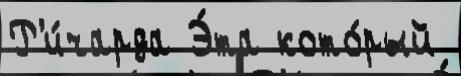
Р'и́чарда Э́та кото́рый